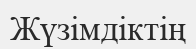
Жүзімдіктің